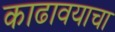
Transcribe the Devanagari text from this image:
काढावयाचा